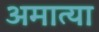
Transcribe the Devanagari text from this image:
अमात्या